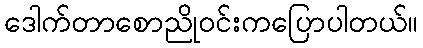
ဒေါက်တာစောညိုဝင်းကပြောပါတယ်။